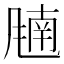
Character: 𬲁